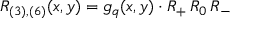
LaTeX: R _ { ( 3 ) , ( 6 ) } ( x , y ) = g _ { q } ( x , y ) \cdot R _ { + } \, R _ { 0 } \, R _ { - }